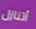
أتنازل